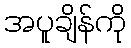
အပူချိန်ကို